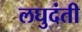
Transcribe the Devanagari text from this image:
लघुदंती